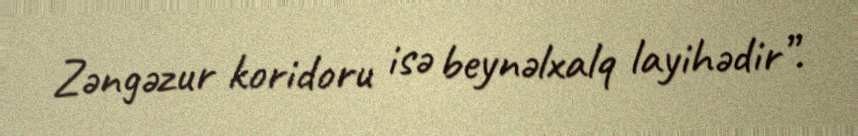
Zəngəzur koridoru isə beynəlxalq layihədir”.